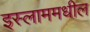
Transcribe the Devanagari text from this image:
इस्लाममधील